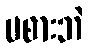
မစားဘဲ